Account of plague administration in the Bombay Presidency from September 1896 till May 1897
Year: 1896
Disease focus: Plague
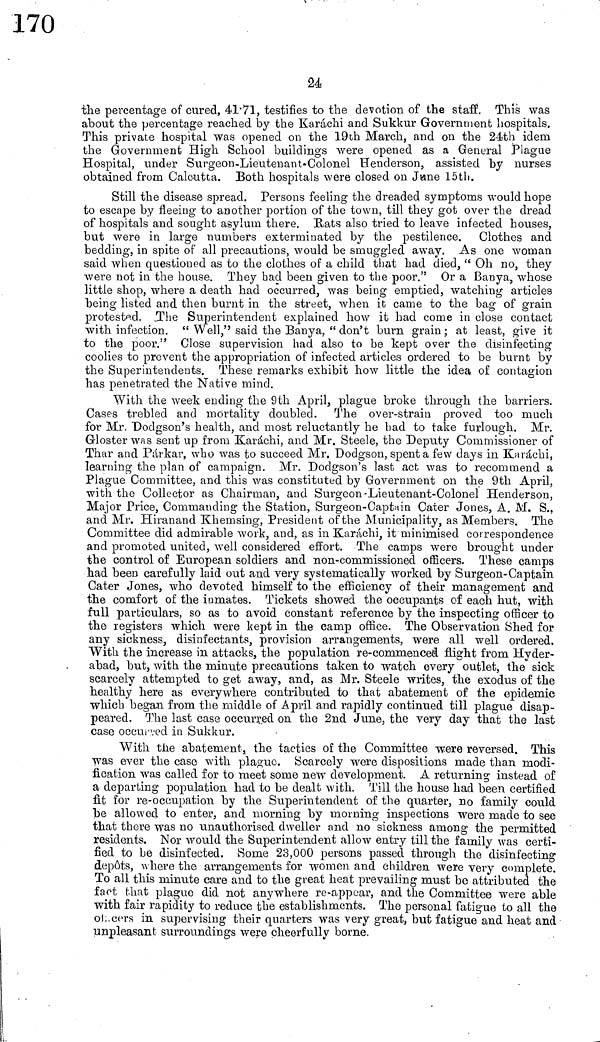
24
the percentage of cured, 41·71, testifies to the devotion of the staff. This was
about the percentage reached by the Karachi and Sukkur Government hospitals.
This private hospital was opened on the 19th March, and on the 2eth idem
the Government High School buildings were opened as a General Plague
Hospital, under Surgeon-Lieutenant-Colonel Henderson, assisted by nurses
obtained from Calcutta. Both hospitals were closed on June 15th.
Still the disease spread. Persons feeling the dreaded symptoms would hope
to escape by fleeing to another portion of the town, till they got over the dread
of hospitals and sought asylum there. Hats also tried to leave infected houses,
but were in large numbers exterminated by the pestilence. Clothes and
bedding, in spite of all precautions, would be smuggled away. As one woman
said when questioned as to the clothes of a child that had died, " Oh no, they
were not in the house. They had been given to the poor." Or a Banya, whose
little shop, where a death had occurred, was being emptied, watching articles
being listed and then burnt in the street, when it came to the bag of grain
protested. .The Superintendent explained how it had come in close contact
with infection. " Well," said the Banya, " don't burn grain; at least, give it
to the poor." Close supervision had also to be kept over the disinfecting
coolies to prevent the appropriation of infected articles ordered to be burnt by
the Superintendents, These remarks exhibit how little the idea of contagion
has penetrated the Native mind.
With the week ending the 9th April, plague broke through the barriers.
Cases trebled and mortality doubled. The over-strain proved too much
for Mr. "Dodgson's health, and most reluctantly he had to take furlough. Mr.
Gloster was sent up from Karachi, and Mr. Steele, the Deputy Commissioner of
Thar and Párkar, who was to succeed Mr, Dodgson, spent a few days in Karachi,
learning the plan of campaign. Mr. Dodgson's last act was to recommend a
Plague Committee, and this was constituted by Government on the 9th April,
with the Collector as Chairman, and Surgeon-Lieutenant-Colonel Henderson,
Major Price, Commanding the Station, Surgeon-Captain Cater Jones, A. M. S.,
and Mr. Hiranand Khemsing, President of the Municipality, as Members. The
Committee did admirable work, and, as in Karachi, it minimised correspondence
and promoted united, well considered effort. The camps were brought under
the control of European soldiers and non-commissioned officers. These camps
had been carefully laid out and very systematically worked by Surgeon-Captain
Cater Jones, who devoted himself to the efficiency of their management and
the comfort of the inmates. Tickets showed the occupants of each hut, with
full particulars, so as to avoid constant reference by the inspecting officer to
the registers which were kept in the camp office. The Observation Shed for
any sickness, disinfectants, provision arrangements, were all well ordered.
With the increase in attacks, the population re-commenced flight from Hyder-
abad, but, with the minute precautions taken to watch every outlet, the sick
scarcely attempted to get away, and, as Mr. Steele writes, the exodus of the
healthy here as everywhere contributed to that abatement of the epidemic
which began from the middle of April and rapidly continued till plague disap-
peared. The last case occurred on the 2nd June, the very day that the last
case occureed in Sukkur.
With the abatement, the tactics of the Committee were reversed. This
was ever the case with plague. Scarcely were dispositions made than modi-
fication was called for to meet some new development. A returning instead of
a departing population had to be dealt with. Till the house had been certified
fit for re-occupation by the Superintendent of the quarter, no family could
be allowed to enter, and morning by morning inspections were made to see
that there was no unauthorised dweller and no sickness among the permitted
residents. Nor would the Superintendent allow entry till the family was certi-
fied to be disinfected. Some 23,000 persons passed through the disinfecting
depots, where the arrangements for women and children were very complete.
To all this minute care and to the great heat prevailing must be attributed the
fact that plague did not anywhere re-appear, and the Committee were able
with fair rapidity to reduce the establishments. The personal fatigue to all the
ol/ill/cers in supervising their quarters was very great, but fatigue and heat and
unpleasant surroundings were cheerfully borne.